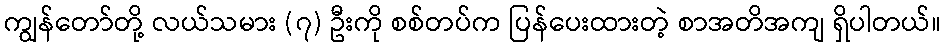
ကျွန်တော်တို့ လယ်သမား (၇) ဦးကို စစ်တပ်က ပြန်ပေးထားတဲ့ စာအတိအကျ ရှိပါတယ်။